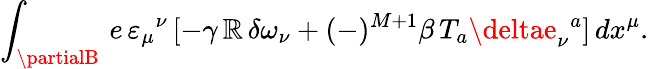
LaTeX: \int_{\partialB}\, e\, \varepsilon_{\mu}{}^{\nu}\, [-\gamma\, \mathbb{R}\, \delta\omega_{\nu}+(-)^{M+1}\beta\, T_{a}\deltae_{\nu}{}^{a}]\, dx^{\mu}.